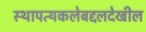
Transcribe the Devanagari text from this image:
स्थापत्यकलेबद्दलदेखील